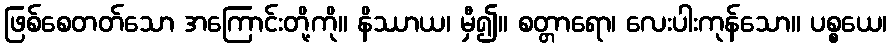
ဖြစ်စေတတ်သော အကြောင်းတို့ကို။ နိဿာယ၊ မှီ၍။ စတ္တာရော၊ လေးပါးကုန်သော။ ပစ္စယေ၊